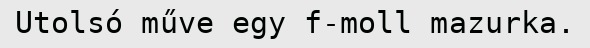
Utolsó műve egy f-moll mazurka.